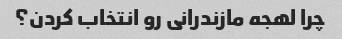
چرا لهجه مازندرانی رو انتخاب کردن؟